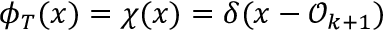
\phi _ { T } ( x ) = \chi ( x ) = \delta ( x - \mathcal { O } _ { k + 1 } )